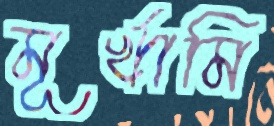
মূর্খামি